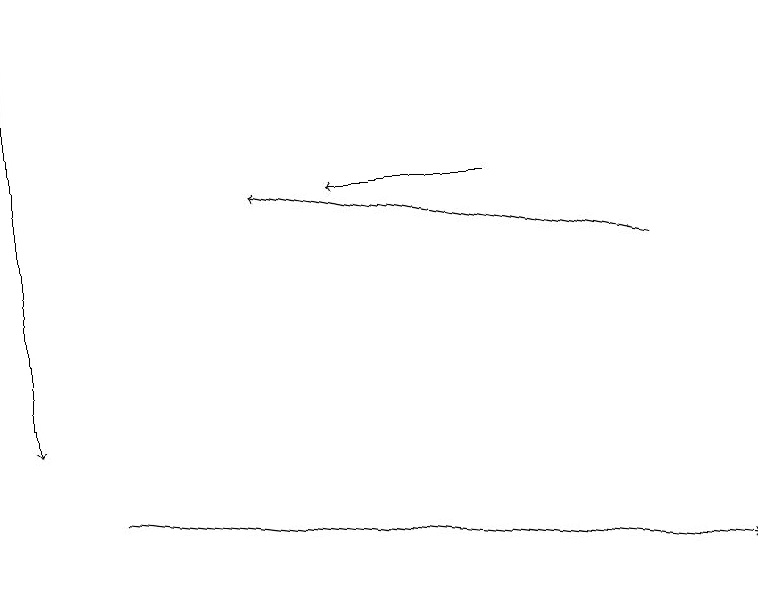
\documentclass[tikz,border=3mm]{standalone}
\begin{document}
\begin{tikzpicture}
\draw[->] (6,17) -- (4,17);
\draw[->] (0,19) -- (0,14);
\draw[->] (8,16) -- (3,17);
\draw[->] (1,13) -- (9,12);
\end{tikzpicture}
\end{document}